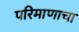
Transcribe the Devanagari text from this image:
परिमाणाचा